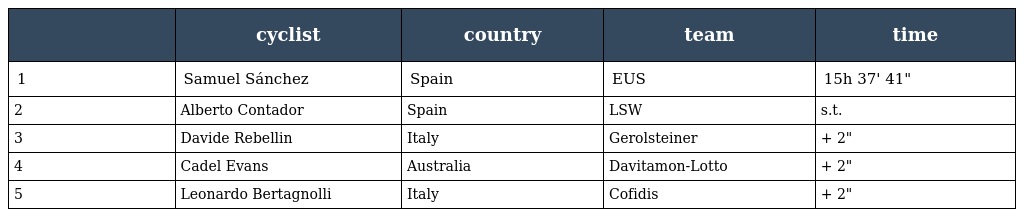
|  | cyclist | country | team | time |
 | --- | --- | --- | --- | --- |
 | 1 | Samuel Sánchez | Spain | EUS | 15h 37' 41" |
 | 2 | Alberto Contador | Spain | LSW | s.t. |
 | 3 | Davide Rebellin | Italy | Gerolsteiner | + 2" |
 | 4 | Cadel Evans | Australia | Davitamon-Lotto | + 2" |
 | 5 | Leonardo Bertagnolli | Italy | Cofidis | + 2" |